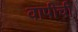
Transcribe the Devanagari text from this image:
वापीची